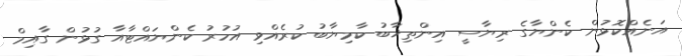
އަނެއްކޮޅުން ކެންޔާގެ ރިޔާސީ އިންތިޚާބު ކާމިޔާބު ކުރެއްވި އުހުރު ކެންޔައްޓާއާ ގުޅުން ގާއިމް